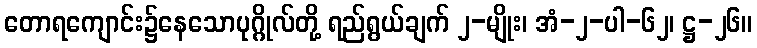
တောရကျောင်း၌နေသောပုဂ္ဂိုလ်တို့ ရည်ရွယ်ချက် ၂-မျိုး၊ အံ-၂-ပါ-၆၂၊ ဋ္ဌ-၂၆။